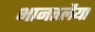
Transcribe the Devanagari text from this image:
भानतलैया